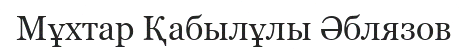
Мұхтар Қабылұлы Әблязов